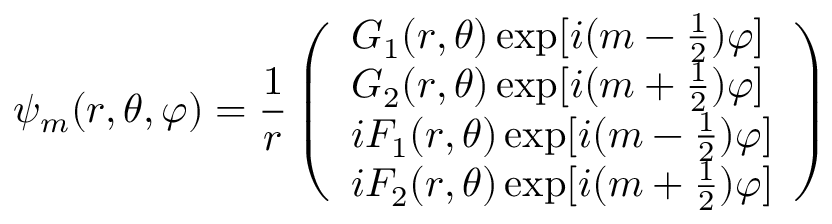
\psi _ { m } ( r , \theta , \varphi ) = \frac { 1 } { r } \left( \begin{array} { l } { G _ { 1 } ( r , \theta ) \exp [ i ( m - \frac { 1 } { 2 } ) \varphi ] } \\ { G _ { 2 } ( r , \theta ) \exp [ i ( m + \frac { 1 } { 2 } ) \varphi ] } \\ { i F _ { 1 } ( r , \theta ) \exp [ i ( m - \frac { 1 } { 2 } ) \varphi ] } \\ { i F _ { 2 } ( r , \theta ) \exp [ i ( m + \frac { 1 } { 2 } ) \varphi ] } \end{array} \right)